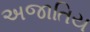
અજાતિય